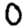
Digit: 0